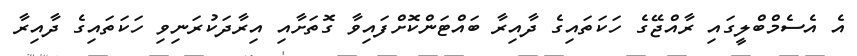
އެ އެސެމްބްލީގައި ރާއްޖޭގެ ހަކަތައިގެ ދާއިރާ ބައްޓަންކޮށްފައިވާ ގޮތަށާއި އިރާދަކުރަނިވި ހަކަތައިގެ ދާއިރާ